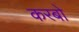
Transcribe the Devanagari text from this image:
करबो